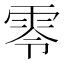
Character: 零